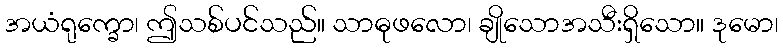
အယံရုက္ခော၊ ဤသစ်ပင်သည်။ သာဓုဖလော၊ ချိုသောအသီးရှိသော။ ဒုမော၊